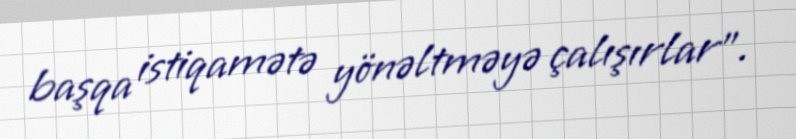
başqa istiqamətə yönəltməyə çalışırlar”.